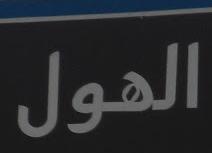
الهول